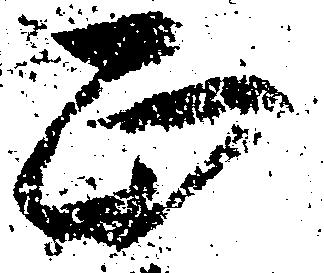
正